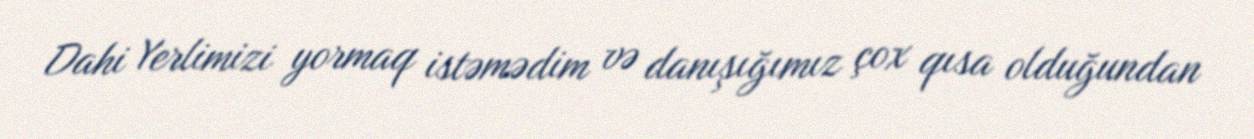
Dahi Yerlimizi yormaq istəmədim və danışığımız çox qısa olduğundan